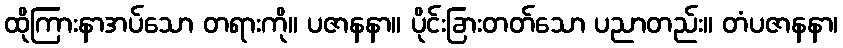
ထိုကြားနာအပ်သော တရားကို။ ပဇာနနာ။ ပိုင်းခြားတတ်သော ပညာတည်း။ တံပဇာနနာ၊